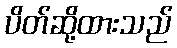
ပိတ်ဆို့ထားသည်